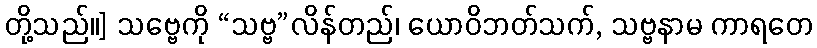
တို့သည်။] သဗ္ဗေကို “သဗ္ဗ”လိန်တည်၊ ယောဝိဘတ်သက်, သဗ္ဗနာမ ကာရတေ